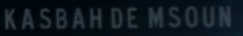
KASBAHDEMSOUN